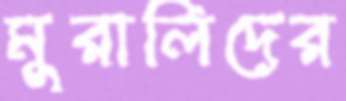
মুরালিদের